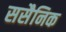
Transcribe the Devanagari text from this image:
ससैनिक